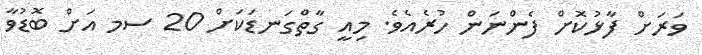
ވަރަށް ފާޅުކޮށް ފެންނަން ހުރެއެވެ. މިއީ ގާތްގަނޑަކަށް 20 ސމ އަށް ބޮޑުވާ